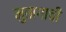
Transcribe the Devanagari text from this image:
मुतागाची